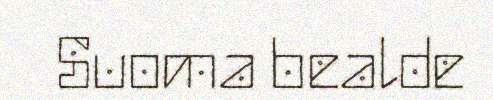
Suoma bealde